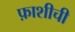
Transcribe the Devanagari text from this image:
फ़ाशीची